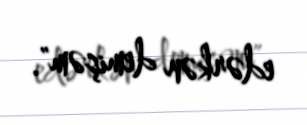
edərkən demişəm".